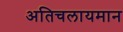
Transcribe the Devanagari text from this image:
अतिचलायमान